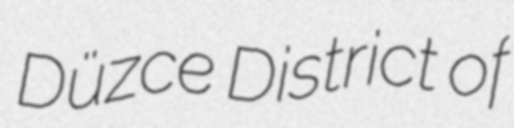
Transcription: Düzce District of